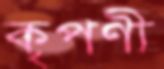
কৃপণী